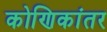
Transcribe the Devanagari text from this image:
कोणिकांतर